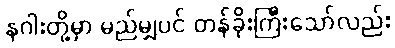
နဂါးတို့မှာ မည်မျှပင် တန်ခိုးကြီးသော်လည်း